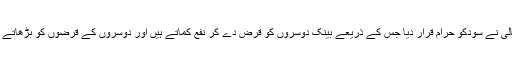
اللہ سبحانہ و تعالیٰ نے سودکو حرام قرار دیا جس کے ذریعے بینک دوسروں کو قرض دے کر نفع کماتے ہیں اور دوسروں کے قرضوں کو بڑھاتے چلے جاتے ہیں۔